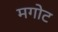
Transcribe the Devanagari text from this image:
मगोट